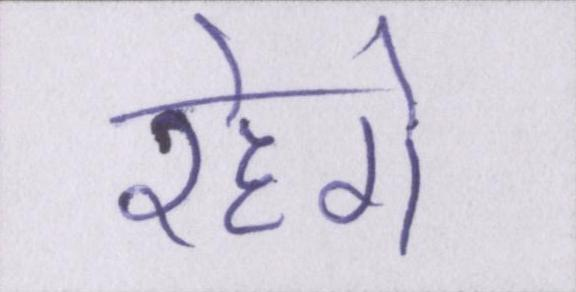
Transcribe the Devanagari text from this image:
रहेगे